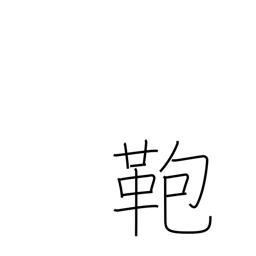
Meaning: suitcase